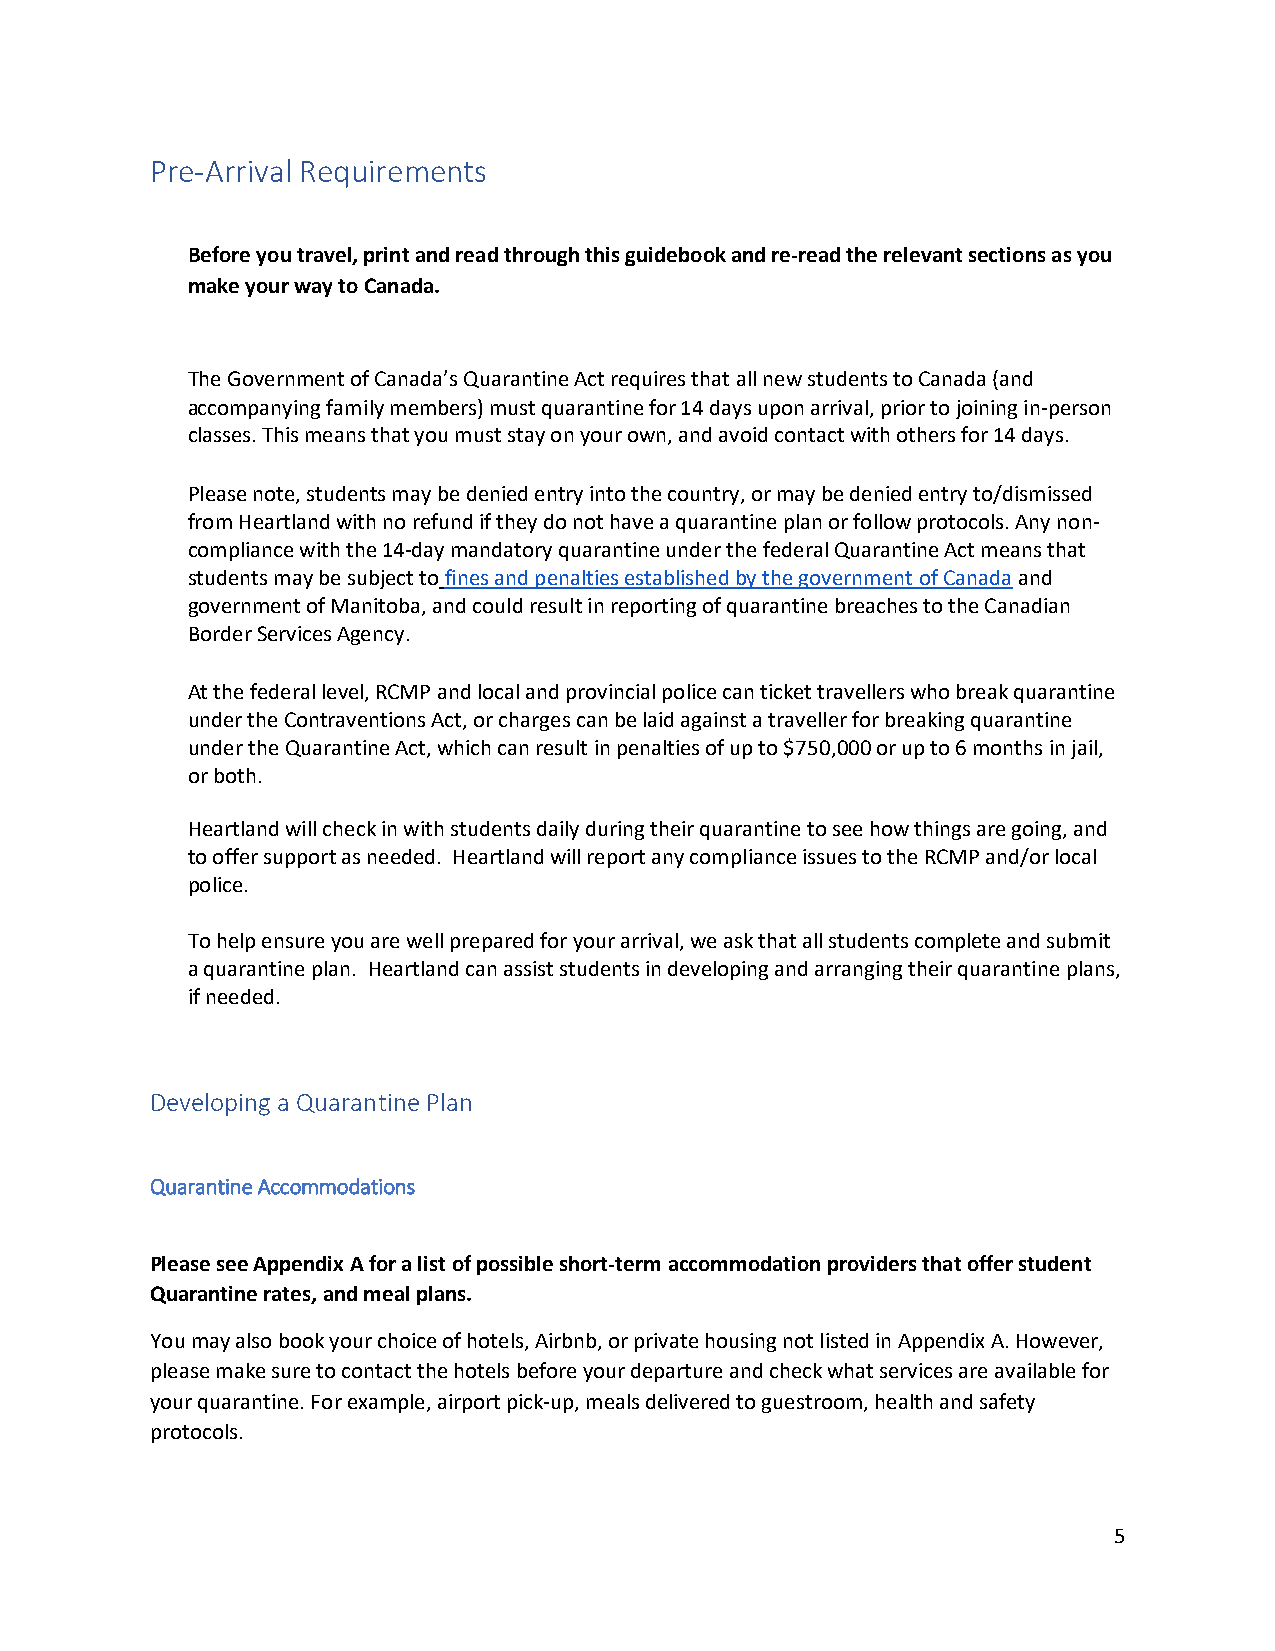
Pre-Arrival Requirements
 Before you travel, print and read through this guidebook and re-read the relevant sections as you
 make your way to Canada.
 The Government of Canada’s Quarantine Act requires that all new students to Canada (and
 accompanying family members) must quarantine for 14 days upon arrival, prior to joining in-person
 classes. This means that you must stay on your own, and avoid contact with others for 14 days.
 Please note, students may be denied entry into the country, or may be denied entry to/dismissed
 from Heartland with no refund if they do not have a quarantine plan or follow protocols. Any non-
 compliance with the 14-day mandatory quarantine under the federal Quarantine Act means that
 students may be subject to fines and penalties established by the government of Canada and
 government of Manitoba, and could result in reporting of quarantine breaches to the Canadian
 Border Services Agency.
 At the federal level, RCMP and local and provincial police can ticket travellers who break quarantine
 under the Contraventions Act, or charges can be laid against a traveller for breaking quarantine
 under the Quarantine Act, which can result in penalties of up to $750,000 or up to 6 months in jail,
 or both.
 Heartland will check in with students daily during their quarantine to see how things are going, and
 to offer support as needed. Heartland will report any compliance issues to the RCMP and/or local
 police.
 To help ensure you are well prepared for your arrival, we ask that all students complete and submit
 a quarantine plan. Heartland can assist students in developing and arranging their quarantine plans,
 if needed.
 Developing a Quarantine Plan
 Quarantine Accommodations
 Please see Appendix A for a list of possible short-term accommodation providers that offer student
 Quarantine rates, and meal plans.
 You may also book your choice of hotels, Airbnb, or private housing not listed in Appendix A. However,
 please make sure to contact the hotels before your departure and check what services are available for
 your quarantine. For example, airport pick-up, meals delivered to guestroom, health and safety
 protocols.
 5